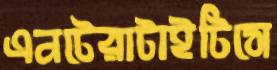
এনটেরাটাইটিসে